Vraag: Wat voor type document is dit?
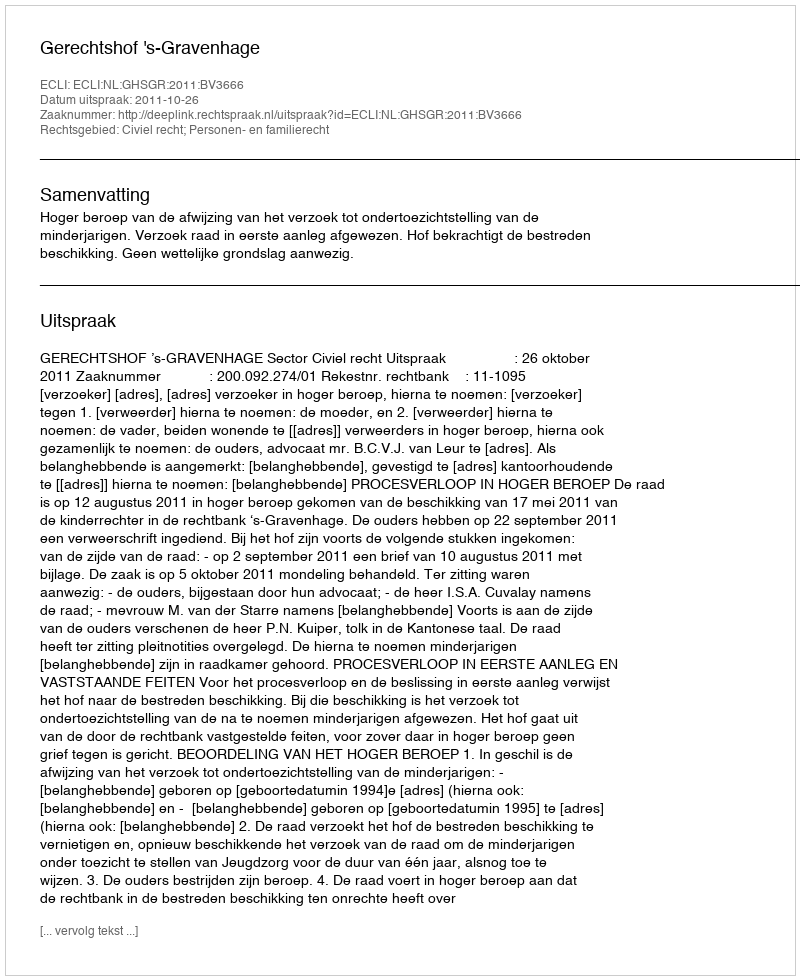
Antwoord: Uitspraak